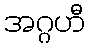
အဂ္ဂဟီ